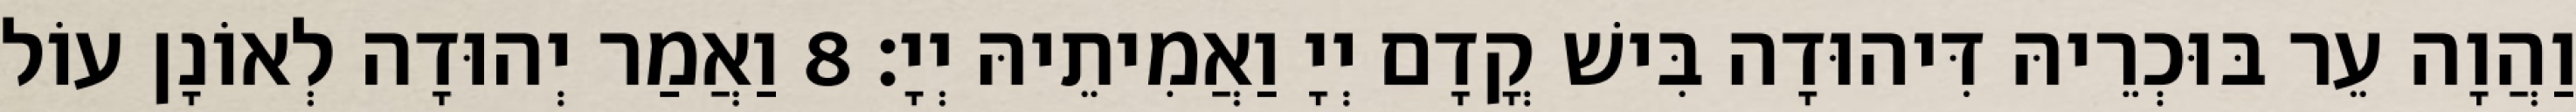
וַהֲוָה עֵר בּוּכְרֵיהּ דִּיהוּדָה בִּישׁ קֳדָם יְיָ וַאֲמִיתֵיהּ יְיָ׃ 8 וַאֲמַר יְהוּדָה לְאוֹנָן עוֹל